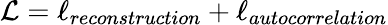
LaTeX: \mathcal{L}=\ell_{reconstruction}+\ell_{autocorrelation}